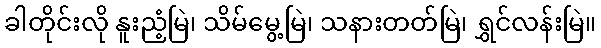
ခါတိုင်းလို နူးညံ့မြဲ၊ သိမ်မွေ့မြဲ၊ သနားတတ်မြဲ၊ ရွှင်လန်းမြဲ။